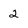
Character: 2